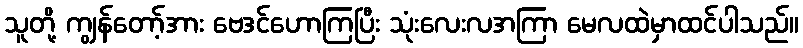
သူတို့ ကျွန်တော့်အား ဗေဒင်ဟောကြပြီး သုံးလေးလအကြာ မေလထဲမှာထင်ပါသည်။